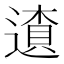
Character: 𨖒